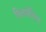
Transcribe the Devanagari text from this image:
किर्क्सविल